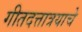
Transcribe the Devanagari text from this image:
गीतदत्तात्रयाचे